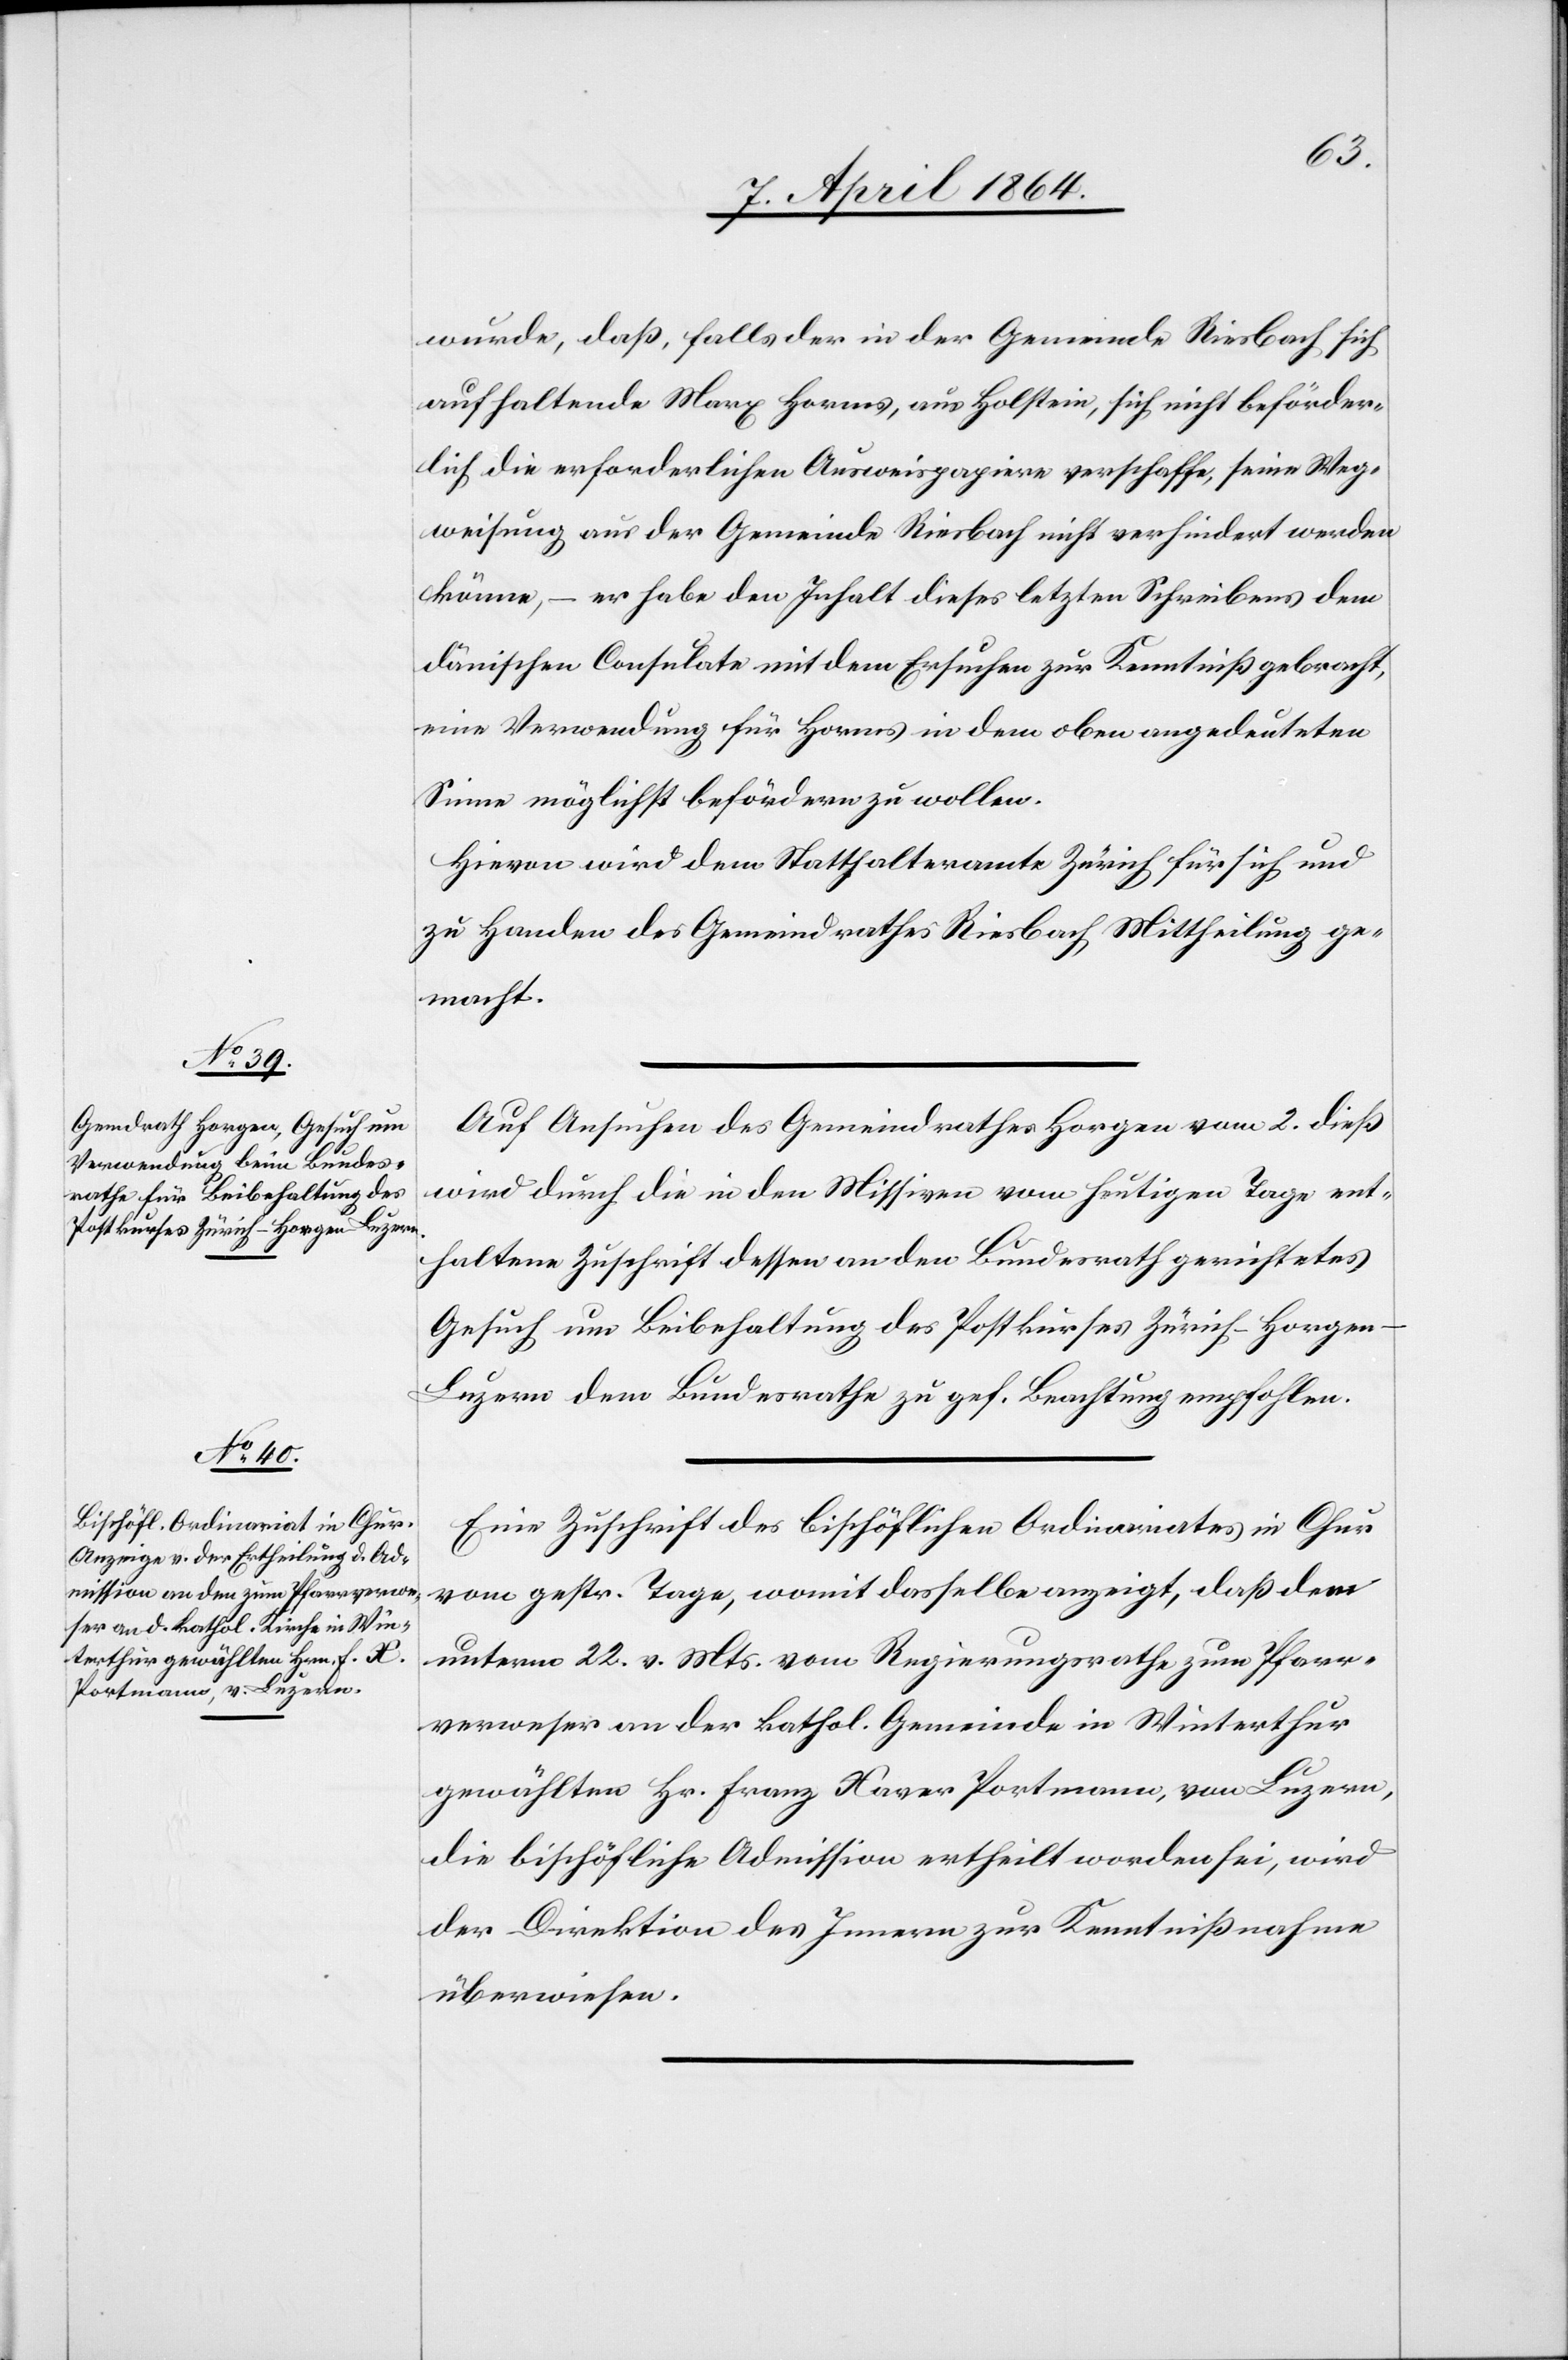
wurde, daß, falls der in der Gemeinde Riesbach sich
aufhaltende Marx Horms, aus Holstein, sich nicht beförder¬
lich die erforderlichen Ausweispapiere verschaffe, seine Weg¬
weisung aus der Gemeinde Riesbach nicht verhindert werden
könne, – er habe den Inhalt dieses letzten Schreibens dem
dänischen Consulate mit dem Ersuchen zur Kentniß gebracht,
eine Verwendung für Horms in dem oben angedeuteten
Sinne möglichst befördern zu wollen.
Hievon wird dem Statthalteramt Zürich für sich und
zu Handen des Gemeindrathes Riesbach Mittheilung ge¬
macht.
Auf Ansuchen des Gemeindrathes Horgen vom 2. dieß
wird durch die in den Missiven vom heutigen Tage ent¬
haltene Zuschrift dessen an den Bundesrath gerichtetes
Gesuch um Beibehaltung des Postkurses Zürich–Horge¬
n–Luzern dem Bundesrath zu geh. Beachtung empfohlen.
Eine Zuschrift des bischöflichen Ordinariats in Chur
vom gestr. Tage, womit dasselbe anzeigt, daß dem
unterm 22. v. Mts. vom Regierungsrathe zum Pfarr¬
verweser an der kathol. Gemeinde in Winterthur
gewählten Hr. Franz Xaver Portmann, von Luzern,
die bischöfliche Admission ertheilt worden sei, wird
der Direktion des Innern zur Kenntnißnahme
überwiesen.